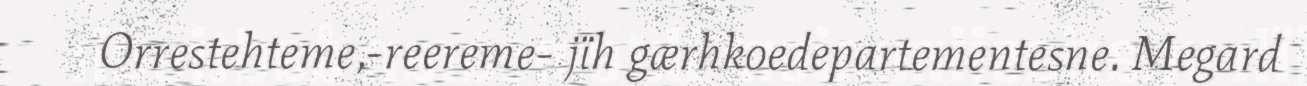
Orrestehteme,-reereme- jïh gærhkoedepartementesne. Megard